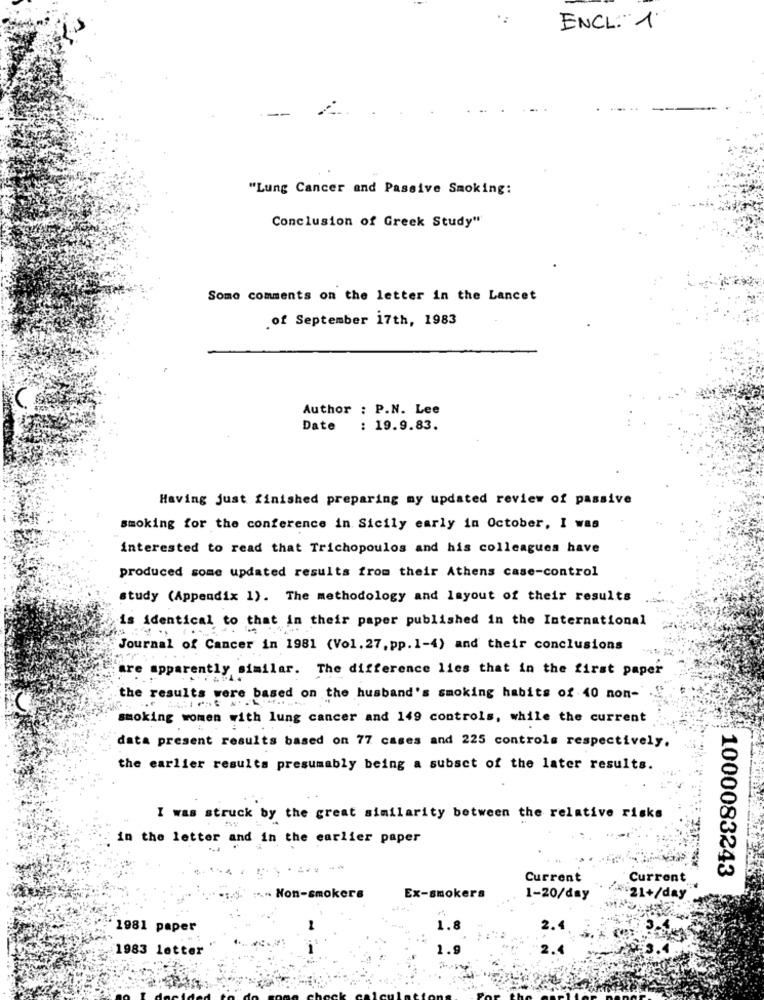
*:
ENCL:"1
"Lung Cancer and Passive Smoking:
Conclusion of Greek Study"
Some comments on the letter in the Lancet
of September 17th, 1983
Author : P.N. Lee
Date
: 19.9.83.
Having just finished preparing my updated review of passive
smoking for the conference in Sicily early in October, I was
interested to read that Trichopoulos and his colleagues have
produced some updated results from their Athens case-control
study (Appendix 1). The methodology and layout of their results
is identical to that in their paper published in the International
Journal of Cancer in 1981 (Vol. 27, pp. 1-4) and their conclusions
are apparently similar. The difference lies that in the first paper
the results were based on the husband's smoking habits of 40 non-
smoking women with lung cancer and 149 controls, while the current
data present results based on 77 cases and 225 controls respectively.
the earlier results presumably being a subset of the later results.
I was struck by the great similarity between the relative risks
in the letter and in the earlier paper
1000083243
Current
Current
*1.0. -- Non-smokers
Ex-smokers
1-20/day
¥21+/day
1981 paper
1.8
1983 letter
1.9